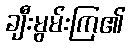
ချီးမွမ်းကြ၏